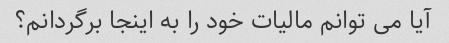
آیا می توانم مالیات خود را به اینجا برگردانم؟